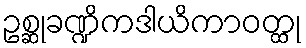
ဥစ္ဆုခဏ္ဍိကဒါယိကာဝတ္ထု